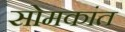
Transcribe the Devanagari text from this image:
सोमकांत